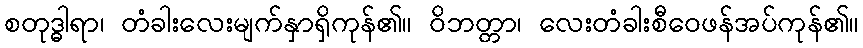
စတုဒ္ဓါရာ၊ တံခါးလေးမျက်နှာရှိကုန်၏။ ဝိဘတ္တာ၊ လေးတံခါးစီဝေဖန်အပ်ကုန်၏။